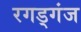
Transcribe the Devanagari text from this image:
रगड्गंज